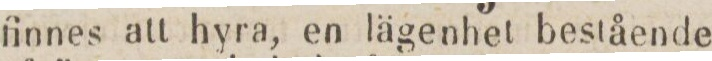
finnes att hyra, en lägenhet bestående